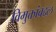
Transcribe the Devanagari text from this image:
विमुक्तांबद्दल